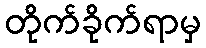
တိုက်ခိုက်ရာမှ